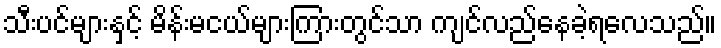
သီးပင်များနှင့် မိန်းမငယ်များကြားတွင်သာ ကျင်လည်နေခဲ့ရလေသည်။